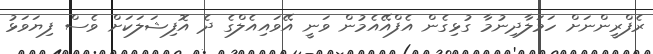
ރެފްރީންނަށް ހަމަލާދިނުމާ ގުޅިގެން އެފްއޭއެމުން ވަނީ އޭވައިއެލްގެ ދެ އޮފިޝަލަކަށް ވެސް ފިޔަވަޅު